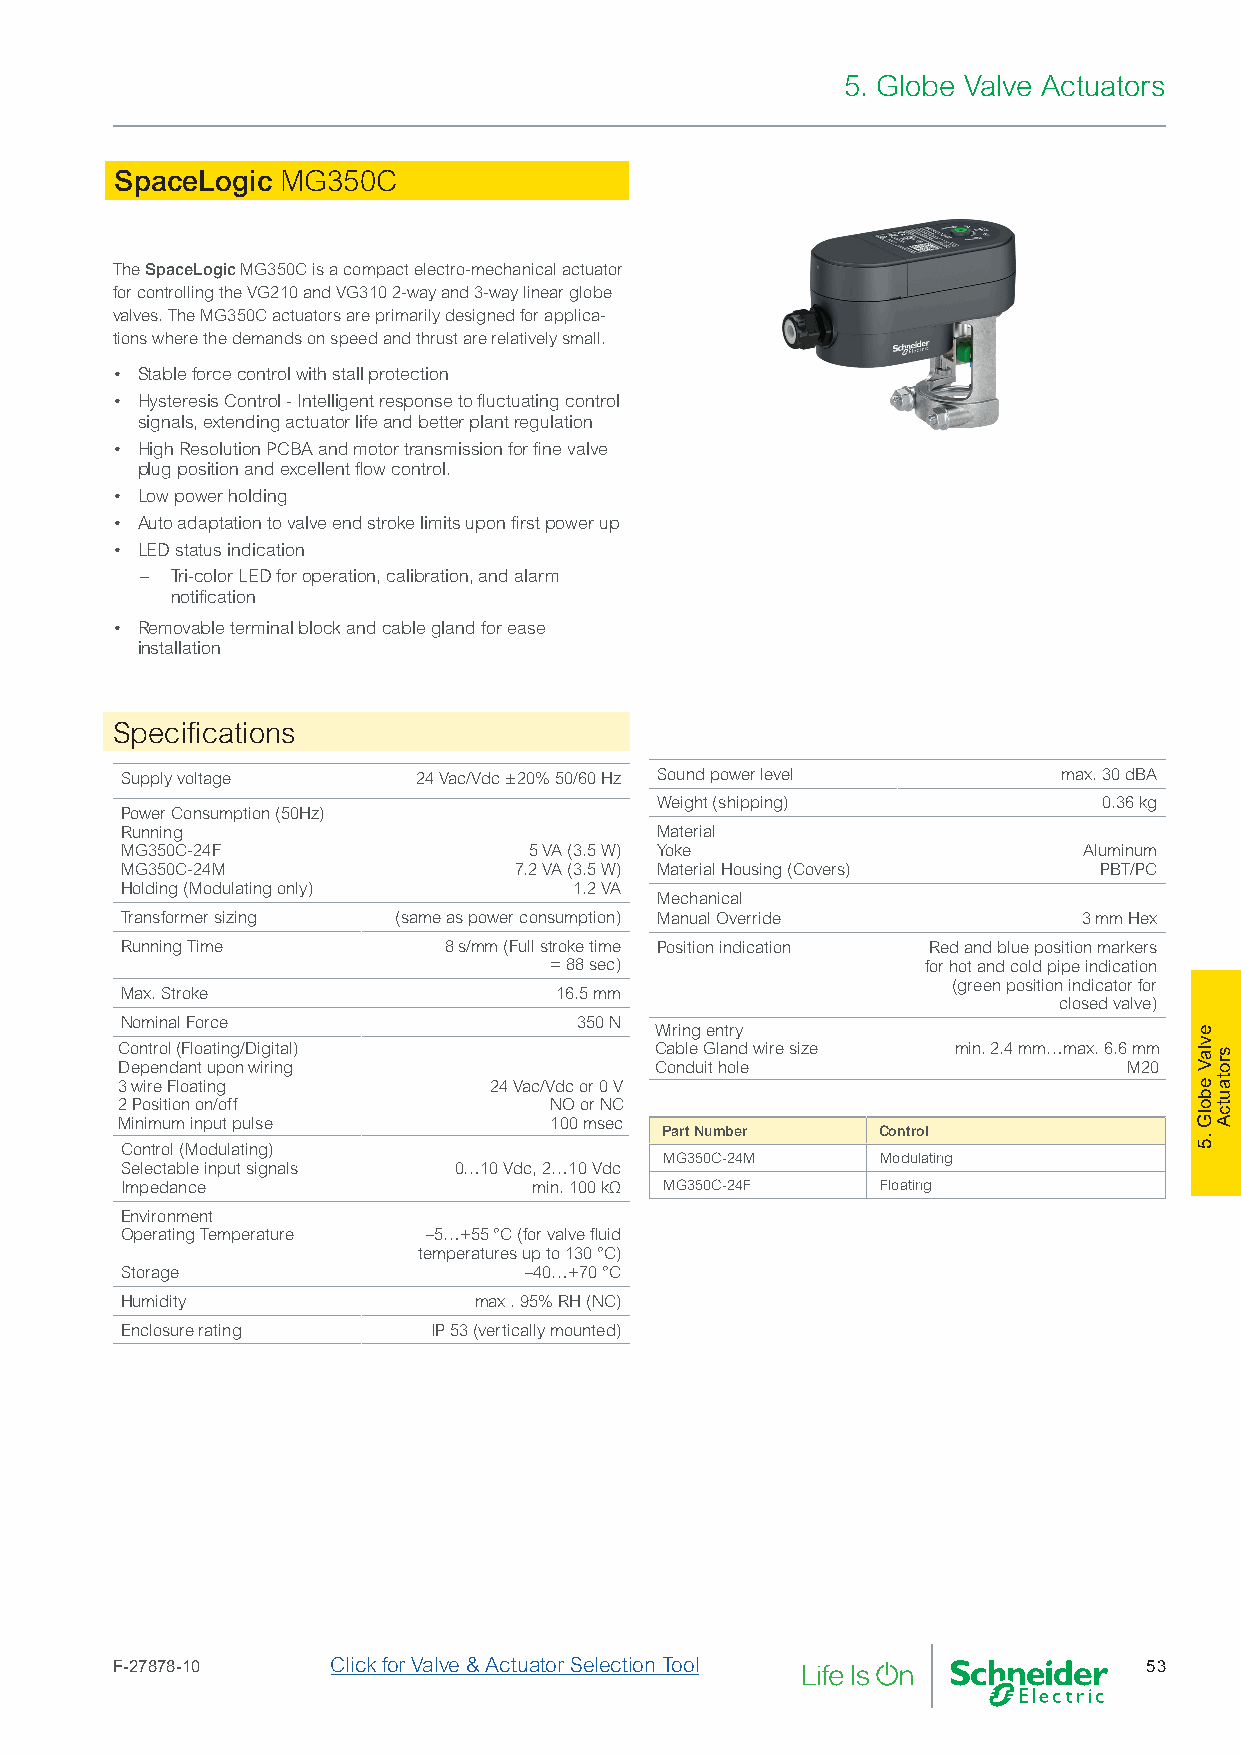
5. Globe Valve Actuators
 SpaceLogic MG350C
 The SpaceLogic MG350C is a compact electro-mechanical actuator
 for controlling the VG210 and VG310 2-way and 3-way linear globe
 valves. The MG350C actuators are primarily designed for applica-
 tions where the demands on speed and thrust are relatively small.
 • Stable force control with stall protection
 • Hysteresis Control - Intelligent response to fluctuating control
 signals, extending actuator life and better plant regulation
 • High Resolution PCBA and motor transmission for fine valve
 plug position and excellent flow control.
 • Low power holding
 • Auto adaptation to valve end stroke limits upon first power up
 • LED status indication
 – Tri-color LED for operation, calibration, and alarm
 notification
 • Removable terminal block and cable gland for ease
 installation
 Specifications
 Supply voltage     24 Vac/Vdc ±20% 50/60 Hz Sound power level max. 30 dBA
 Weight (shipping)             0.36 kg
 Power Consumption (50Hz)
 Running                            Material
 MG350C-24F                 5 VA (3.5 W) Yoke                    Aluminum
 MG350C-24M                7.2 VA (3.5 W) Material Housing (Covers) PBT/PC
 Holding (Modulating only)     1.2 VA
 Mechanical
 Transformer sizing (same as power consumption) Manual Override  3 mm Hex
 Running Time         8 s/mm (Full stroke time Position indication Red and blue position markers
 = 88 sec)                for hot and cold pipe indication
 (green position indicator for
 Max. Stroke                  16.5 mm
 closed valve)
 Nominal Force                 350 N
 Wiring entry
 Control (Floating/Digital)         Cable Gland wire size min. 2.4 mm…max. 6.6 mm
 Dependant upon wiring              Conduit hole                    M20
 3 wire Floating         24 Vac/Vdc or 0 V
 2 Position on/off           NO or NC
 Minimum input pulse         100 msec
 Part Number   Control
 Control (Modulating)
 MG350C-24M    Modulating
 Selectable input signals 0…10 Vdc, 2…10 Vdc
 Impedance                  min. 100 kΩ MG350C-24F Floating
 Environment
 Operating Temperature –5…+55 °C (for valve fluid
 temperatures up to 130 °C)
 Storage                    –40…+70 °C
 Humidity               max . 95% RH (NC)
 Enclosure rating     IP 53 (vertically mounted)
 F-27878-10     Click for Valve & Actuator Selection Tool             53
 evlaV
 ebolG
 .5
 srotautcA